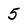
Character: 5